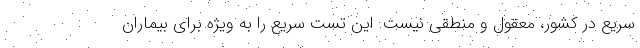
سریع در کشور، معقول و منطقی نیست. این تست سریع را به ویژه برای بیماران